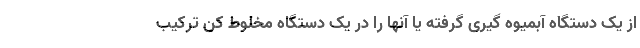
از یک دستگاه آبمیوه گیری گرفته یا آنها را در یک دستگاه مخلوط کن ترکیب